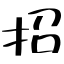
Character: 招